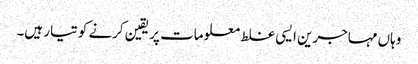
وہاں مہاجرین ایسی غلط معلومات پر یقین کرنے کو تیار ہیں۔